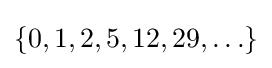
\{0,1,2,5,12,29,\ldots \}